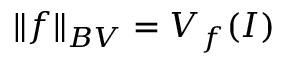
\| f \| _ { B V } = V _ { f } ( I )